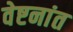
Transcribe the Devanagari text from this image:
वेष्टनांत